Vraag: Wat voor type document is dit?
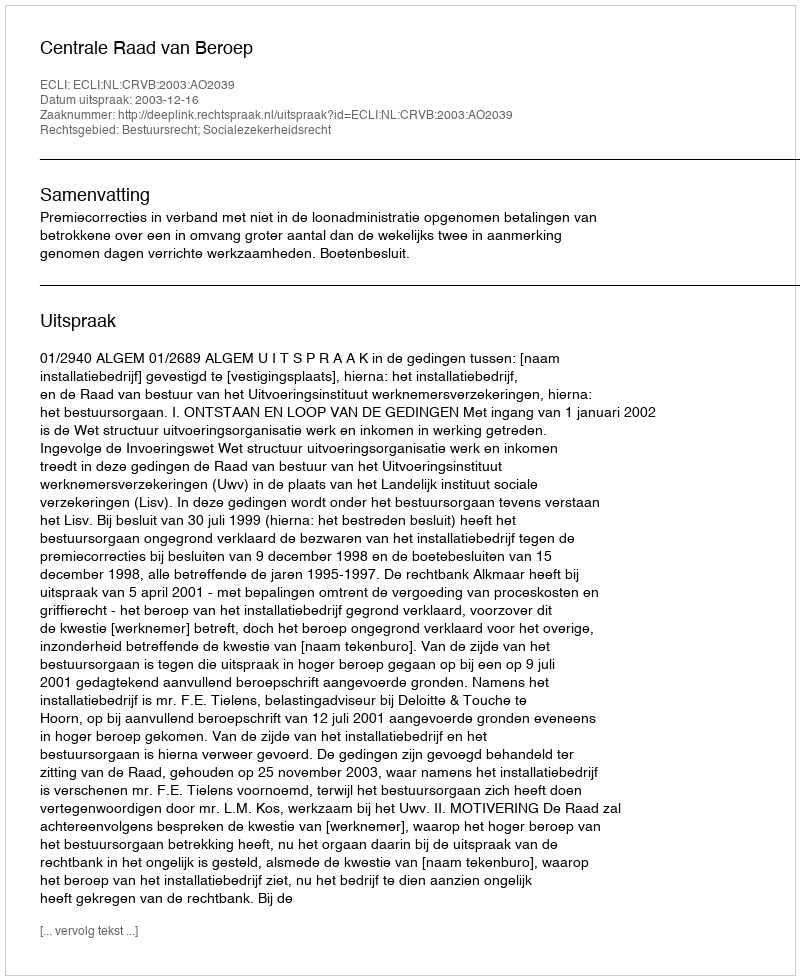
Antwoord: Uitspraak